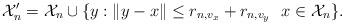
LaTeX: \begin{align*}\mathcal{X}_n'= \mathcal{X}_n \cup \{y: \|y-x\| \leq r_{n,v_x}+r_{n,v_y} \, \, \, \, x \in \mathcal{X}_n \}.\end{align*}